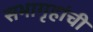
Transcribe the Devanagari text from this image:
सभागृहांची